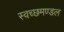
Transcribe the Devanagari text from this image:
स्‍वच्‍छमण्‍डल